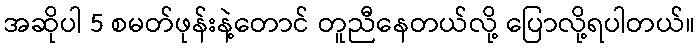
အဆိုပါ 5 စမတ်ဖုန်းနဲ့တောင် တူညီနေတယ်လို့ ပြောလို့ရပါတယ်။